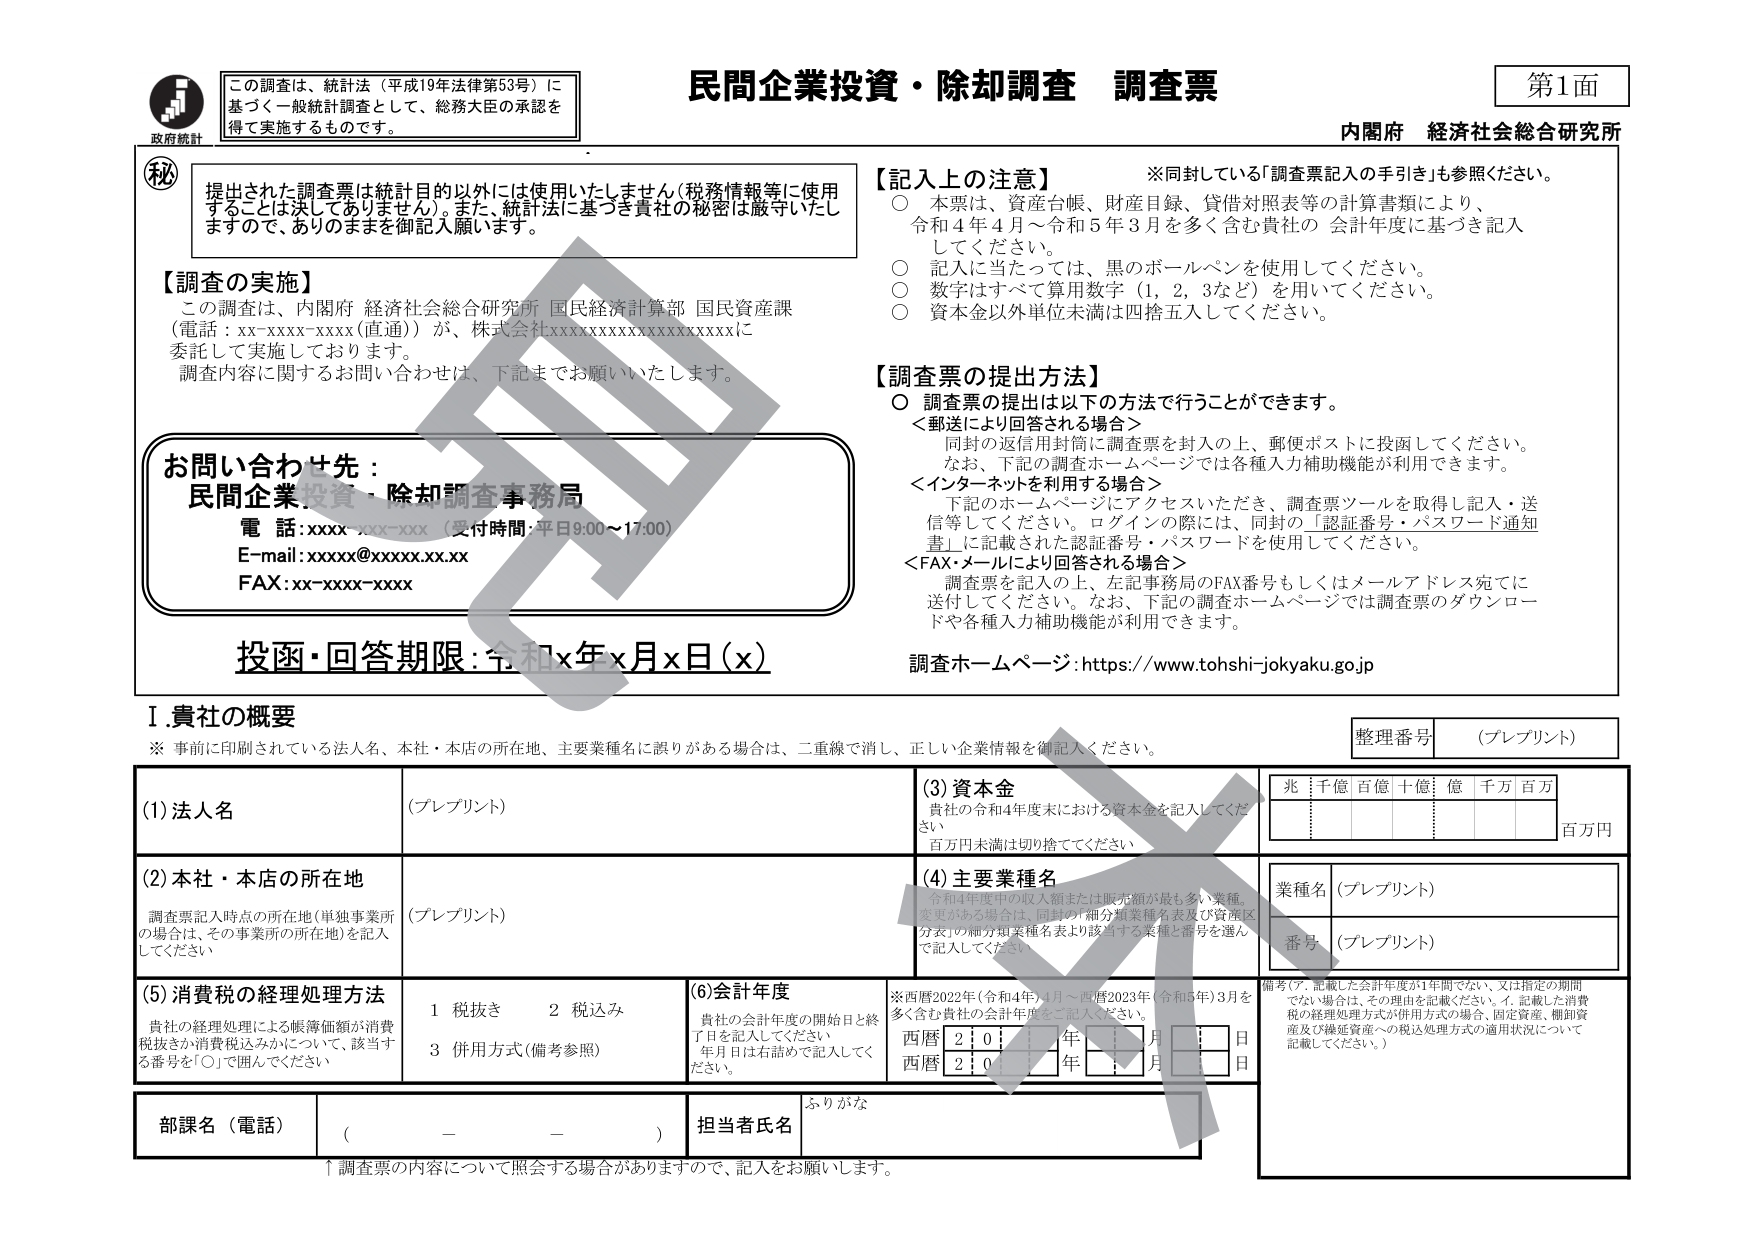
この調査は、統計法（平成19年法律第53号）に基づく一般統計調査として、総務大臣の承認を得て実施するものです。

民間企業投資・除却調査 調査票
第1面
内閣府 経済社会総合研究所

【記入上の注意】
※同封している「調査票記入の手引き」も参照ください。
○ 本票は、資産台帳、財産目録、貸借対照表等の計算書類により、令和4年4月～令和5年3月を多く含む貴社の会計年度に基づき記入してください。
○ 記入に当たっては、黒のボールペンを使用してください。
○ 数字はすべて算用数字（1, 2, 3など）を用いてください。
○ 資本金以外単位未満は四捨五入してください。

【調査票の提出方法】
○ 調査票の提出は以下の方法で行うことができます。
＜郵送により回答される場合＞
同封の返信封筒に調査票を封入の上、郵便ポストに投函してください。
なお、下記の調査ホームページでは各種入力補助機能が利用できます。
＜インターネットを利用する場合＞
下記のホームページにアクセスいただき、調査票ツールを取得し記入・送信等してください。ログインの際には、同封の「認証番号・パスワード通知書」に記載された認証番号・パスワードを使用してください。
＜FAX・メールにより回答される場合＞
調査票を記入の上、左記事務局のFAX番号もしくはメールアドレス宛てに送付してください。なお、下記の調査ホームページでは調査票のダウンロードや各種入力補助機能が利用できます。

調査ホームページ：https://www.tohshi-jokyaku.go.jp

【調査の実施】
この調査は、内閣府 経済社会総合研究所 国民経済計算部 国民資産課（電話：xx-xxxx-xxxx（直通））が、株式会社xxxxxxxxxxxxxxxxxxxxに委託して実施しております。
調査内容に関するお問い合わせは、下記までお願いいたします。

お問い合わせ先：
民間企業投資・除却調査事務局
電話：xxxx-xxx-xxx（受付時間：平日9:00～17:00）
E-mail：xxxx@xxxxx.xx.xx
FAX：xx-xxxx-xxxx

提出された調査票は統計目的以外には使用いたしません（税務情報等に使用することは決してありません）。また、統計法に基づき貴社の秘密は厳守いたしますので、ありのままを御記入願います。

投函・回答期限：令和x年x月x日（x）

I. 貴社の概要
※ 事前に印刷されている法人名、本社・本店の所在地、主要業種名に誤りがある場合は、二重線で消し、正しい企業情報を御記入ください。

(1) 法人名 （プレプリント）
(2) 本社・本店の所在地 （プレプリント）
調査票記入時点の所在地（単独事業所の場合は、その事業所の所在地）を記入してください
(3) 資本金
貴社の令和4年度末における資本金を記入してください。
百万円未満は切り捨ててください。
兆 千億 百億 十億 億 千万 百万
百万円
(4) 主要業種名
令和4年度中の収入額または販売額が最も多い業種を更がある場合は、同封の「細分類業種名表及び資産区分表」の細分類業種名表より該当する業種と番号を選んで記入してください。
業種名 （プレプリント）
番号 （プレプリント）
(5) 消費税の経理処理方法
貴社の経理処理による帳簿価額が消費税抜きか消費税込みかについて、該当する番号を「○」で囲んでください。
1 税抜き　2 税込み　3 併用方式（備考参照）
(6) 会計年度
貴社の会計年度の開始日と終了日を記入してください。
年月日は右詰めで記入してください。
※西暦2022年（令和4年）4月～西暦2023年（令和5年）3月を多く含む貴社の会計年度をご記入ください。
西暦 2 0 □ □ 年 □ □ 月 □ □ 日
西暦 2 0 □ □ 年 □ □ 月 □ □ 日
備考（ア. 記載した会計年度が1年間でない、又は指定の期間でない場合は、その理由を記載ください。イ. 記載した消費税の経理処理方式が併用方式の場合、固定資産、棚卸資産及び繰延資産への税込処理方式の適用状況について記載してください。）

部課名（電話） （　　－　　－　　）
担当者氏名 ふりがな

↑調査票の内容について照会する場合がありますので、記入をお願いします。

整理番号 （プレプリント）

政府統計
秘